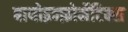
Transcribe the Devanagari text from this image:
बायोइन्फ़ोर्मेटिक्स